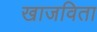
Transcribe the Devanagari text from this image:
खाजविता